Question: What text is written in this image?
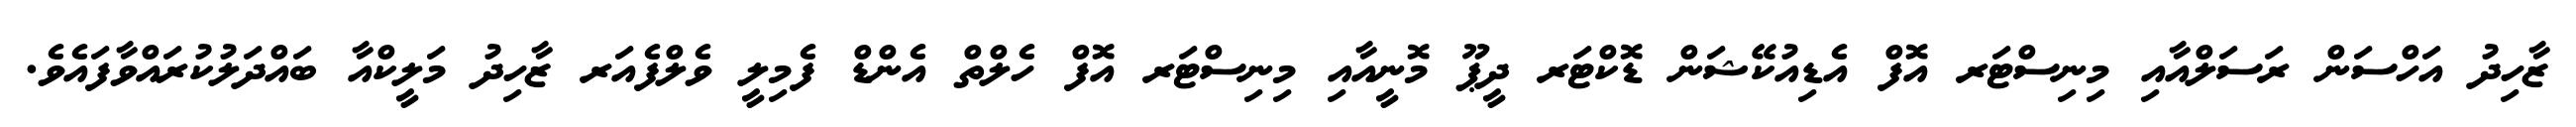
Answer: ޒާހިދު އަހްސަން ރަސަލްއާއި މިނިސްޓަރ އޮފް އެޑިއުކޭޝަން ޑޮކްޓަރ ދީޕޫ މޮނީއާއި މިނިސްޓަރ އޮފް ހެލްތް އެންޑް ފެމިލީ ވެލްފެއަރ ޒާހިދު މަލީކްއާ ބައްދަލުކުރައްވާފައެވެ.